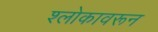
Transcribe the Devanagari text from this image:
श्लोकावरून